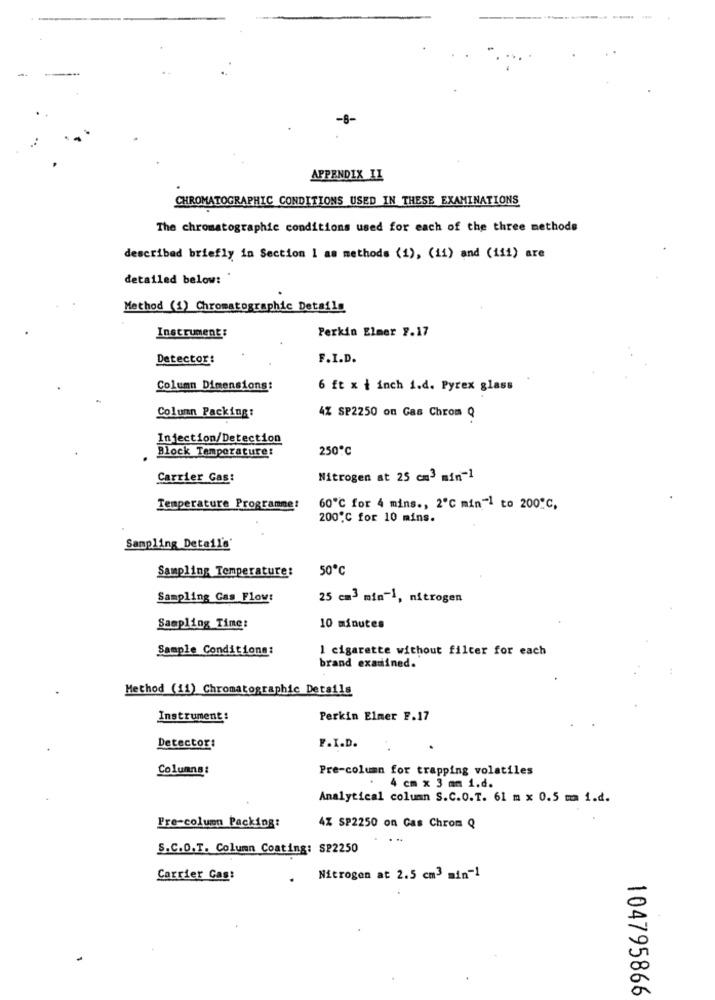
-B-
APPENDIX II
CHROMATOGRAPHIC CONDITIONS USED IN THESE EXAMINATIONS
The chromatographic conditions used for each of the three methods
described briefly in Section 1 as methods (1), (11) and (iii) are
detailed below:
Method (1) Chromatographic Details
Perkin Elmer 7.17
Instrument:
Detector:
F.I.D.
Column Dimensions:
6 ft x + inch i.d. Pyrex glass
Column Packing:
4% SP2250 on Gas Chrom Q
Injection/Detection
Block Temperature:
250℃
Carrier Gas:
Nitrogen at 25 cm3 min-1
Temperature Programme:
60℃ for 4 mins ., 2℃ min-1 to 200"℃,
200 ℃ for 10 mins.
Sampling Detail's'
Sampling Temperature:
50℃
Sampling Gas Flow:
25 cm3 min-1, nitrogen
Sampling Time:
10 minutes
Sample Conditions:
I cigarette without filter for each
brand examined.
Method (11) Chromatographic Details
Instrument:
Perkin Elmer F.17
Detector:
F.I.D.
Columns:
Pre-column for trapping volatiles
. 4 cm x 3 mm 1.d.
Analytical column S.C.O.T. 61 m x 0.5 mm 1.d.
Fre-column Packing:
4% SP2250 on Gas Chrom Q
...
S.C.O.T. Column Coating: S22250
Carrier Cas:
Nitrogen at 2.5 cm3 min-1
104795866